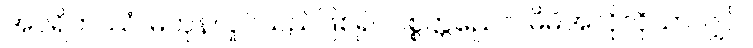
အပရိတဿံ၊ မတုန်လှုပ်သည်ဖြစ်၍။ ပစ္စတ္တညေဝ၊ မိမိအလိုလိုသာလျှင်။